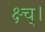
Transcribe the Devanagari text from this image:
क्ष्च्।